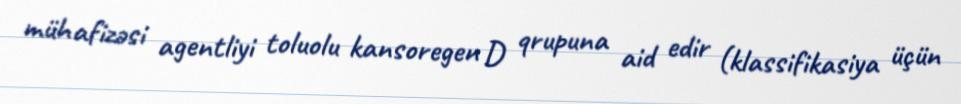
mühafizəsi agentliyi toluolu kansoregen D qrupuna aid edir (klassifikasiya üçün